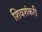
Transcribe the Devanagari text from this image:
शिवशंकरी